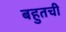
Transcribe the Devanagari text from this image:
बहुतची